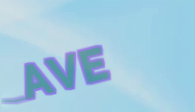
AVE